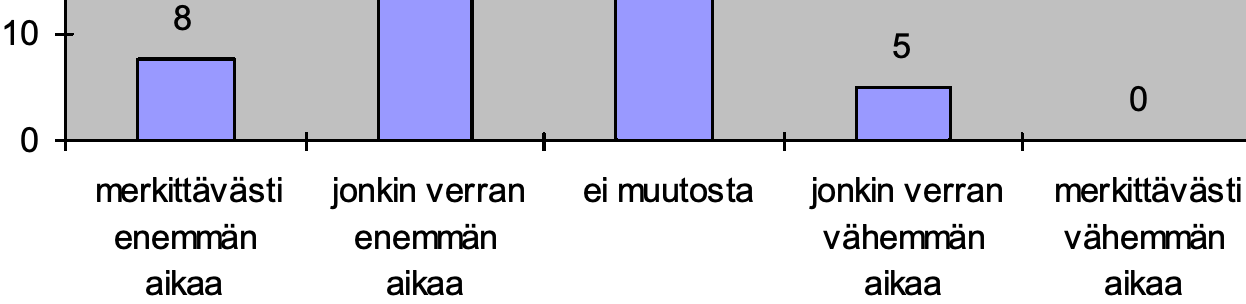
8 10                           5 0 0 merkittävästi jonkin verran ei muutosta jonkin verran merkittävästi enemmän enemmän         vähemmän vähemmän aikaa   aikaa           aikaa   aikaa